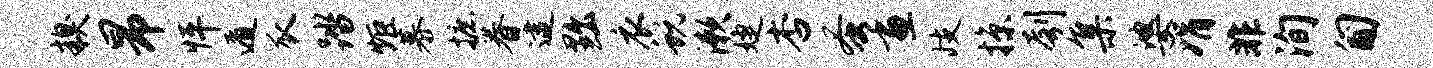
糗昂怦遁瓜踏炬慕摭眷逮黜衣蜕漱婕杏蚤画歧掠刳集婆娟非洵匍